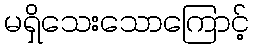
မရှိသေးသောကြောင့်